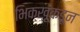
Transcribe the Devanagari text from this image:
भिक्खूंकडून